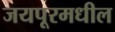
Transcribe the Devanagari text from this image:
जयपूरमधील